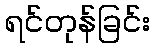
ရင်တုန်ခြင်း